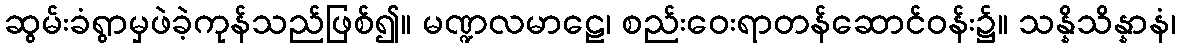
ဆွမ်းခံရွာမှဖဲခဲ့ကုန်သည်ဖြစ်၍။ မဏ္ဍလမာဠေ၊ စည်းဝေးရာတန်ဆောင်ဝန်း၌။ သန္နိသိန္နာနံ၊